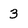
Character: 3